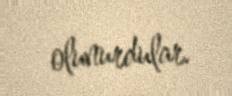
olunurdular.